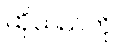
ထိုသည်ကို